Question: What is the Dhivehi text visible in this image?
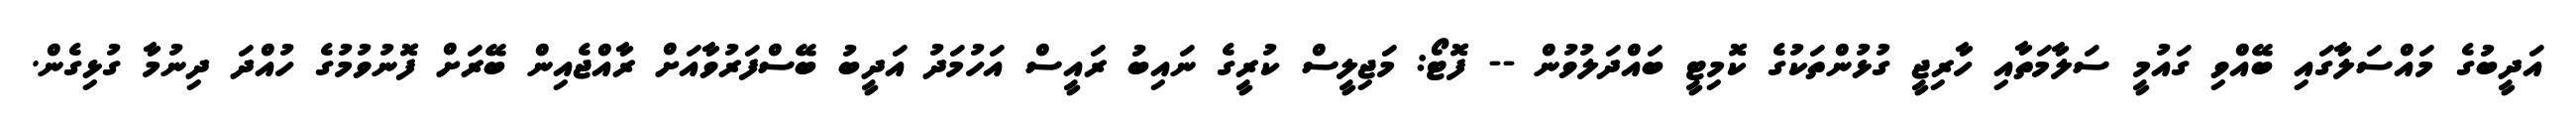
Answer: އަދީބުގެ މައްސަލާގައި ބޭއްވި ގައުމީ ސަލާމަތާއި ހާރިޖީ ގުޅުންތަކުގެ ކޮމިޓީ ބައްދަލުވުން -- ފޮޓޯ: މަޖިލީސް ކުރީގެ ނައިބު ރައީސް އަހުމަދު އަދީބު ބޭސްފަރުވާއަށް ރާއްޖެއިން ބޭރަށް ފޮނުވުމުގެ ހުއްދަ ދިނުމާ ގުޅިގެން.